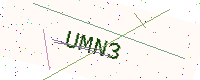
Text: UMN3